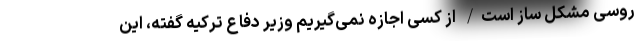
روسی مشکل ساز است/ از کسی اجازه نمی‌گیریم وزیر دفاع ترکیه گفته، این